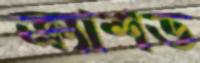
ক্র্যাশড